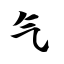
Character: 气